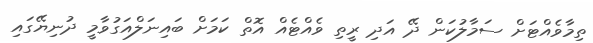
ތިމާވެއްޓަށް ސަމާލުކަން ދޭ އަދި ރީތި ވެއްޓެއް އޮތް ކަމަށް ބައިނަލްއަގުވާމީ ދުނިޔޭގައި